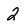
Character: 2